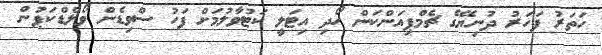
ހަތަރު ފަހަރު ދުނިޔޭގެ ޗެމްޕިއަންކަން ހޯދި އިޓަލީ ކަޓުވާލުމަށް ފަހު ސްވިޑެން ވޯލްޑްކަޕުން